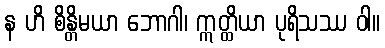
န ဟိ စိန္တိမယာ ဘောဂါ၊ ဣတ္ထိယာ ပုရိသဿ ဝါ။